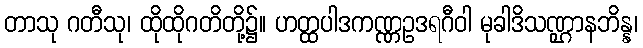
တာသု ဂတီသု၊ ထိုထိုဂတိတို့၌။ ဟတ္ထပါဒကဏ္ဏဥဒရဂီဝါ မုခါဒိသဏ္ဌာနဘိန္န၊